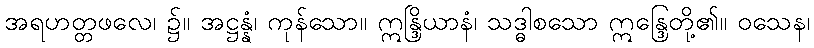
အရဟတ္တဖလေ၊ ၌။ အဋ္ဌန္နံ၊ ကုန်သော။ ဣန္ဒြိယာနံ၊ သဒ္ဓါစသော ဣန္ဒြေတို့၏။ ဝသေန၊